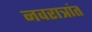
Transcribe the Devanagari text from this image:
नवरात्रांत